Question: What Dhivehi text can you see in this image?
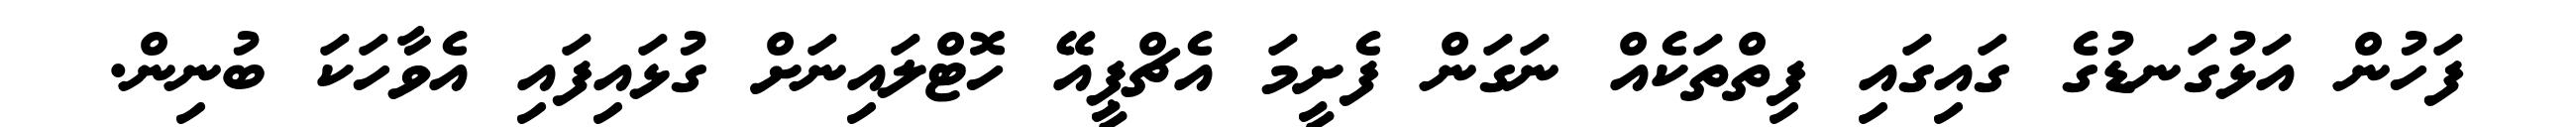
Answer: ފަހުން އަޅުގަނޑުގެ ގައިގައި ފިތްތަކެއް ނަގަން ފެށީމަ އެޗްޕީއޭ ހޮޓްލައިނަށް ގުޅައިފައި އެވާހަކަ ބުނިން.